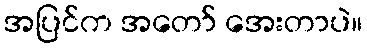
အပြင်က အတော် အေးတာပဲ။